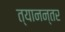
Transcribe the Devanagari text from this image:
त्यानन्तर